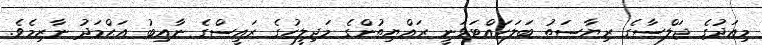
މިއަދުގެ ޖަލްސާގެ ރިޔާސަތު ބަލަހައްޓަވަނީ ރައްޔިތުންގެ މަޖިލީހުގެ ރައީސްގެ ނާއިބު އަޙްމަދު ނާޒިމެވެ.